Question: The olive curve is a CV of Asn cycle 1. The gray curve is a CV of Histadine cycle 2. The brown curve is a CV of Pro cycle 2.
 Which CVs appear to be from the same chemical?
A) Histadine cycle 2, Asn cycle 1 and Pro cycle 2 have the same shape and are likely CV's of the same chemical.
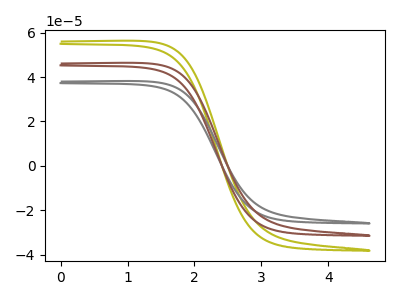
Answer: <think>The olive curve "Asn cycle 1" has no peaks. The gray curve "Histadine cycle 2" has no peaks. The brown curve "Pro cycle 2" has no peaks.
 Neither "Asn cycle 1" or "Histadine cycle 2" have any peaks. Neither "Asn cycle 1" or "Pro cycle 2" have any peaks. Neither "Histadine cycle 2" or "Pro cycle 2" have any peaks.</think>
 <answer>A) "Histadine cycle 2", "Asn cycle 1" and "Pro cycle 2" have the same shape and are likely CV's of the same chemical.</answer>
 <eval>A</eval>